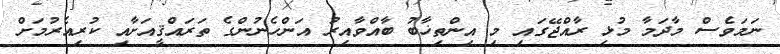
ނަމަވެސް މާދަމާ މުޅި ރާއްޖޭގައި މި އިންތިޚާބު ބާއްވާއިރު އަންހެނުންގެ ތަރައްޤީއަށާއި ކުރިއެރުމަށް